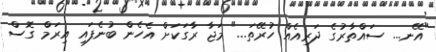
"އޭނ... ސައްތާރުގެ ދަރިއެއް ހުރޭތަ..." މަޖާ ރާގަކަށް އެހެން ބުނެފައި އިރަމް ގޮސް